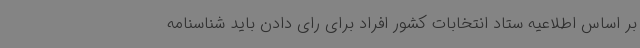
بر اساس اطلاعیه ستاد انتخابات کشور افراد برای رای دادن باید شناسنامه